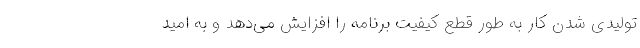
تولیدی شدن کار به طور قطع کیفیت برنامه را افزایش می‌دهد و به امید